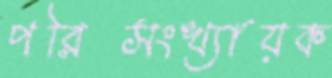
পরিসংখ্যায়ক